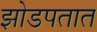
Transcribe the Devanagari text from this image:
झोडपतात